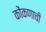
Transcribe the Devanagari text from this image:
कोंकणाची